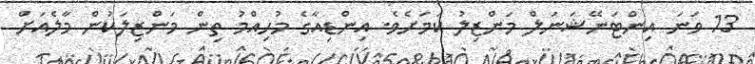
13 ވަނަ އިންޓަނޭޝަނަލް މަންޒިލު ކަމަށެވެ. އިންޑިއާގެ މުހިއްމު ތިން މަންޒިލަކުން މާލެއަށް